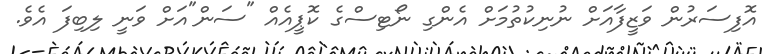
އޮފިސަރުން ވަޒީފާއަށް ނުނިކުތުމަށްް އެންގި ނޯޓިސްގެ ކޮޕީއެއް "ސަން"އަށް ވަނީ ލިބިފަ އެވެ.